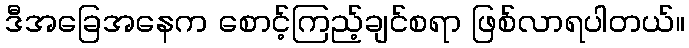
ဒီအခြေအနေက စောင့်ကြည့်ချင်စရာ ဖြစ်လာရပါတယ်။